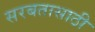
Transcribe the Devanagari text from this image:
सरबतासाठी